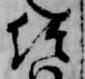
経